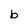
Character: b